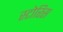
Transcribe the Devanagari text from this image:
स्टोरिस